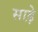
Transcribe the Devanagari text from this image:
साढ़़ेे